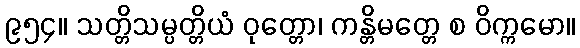
၉၅၄။ သတ္တိသမ္ပတ္တိယံ ဝုတ္တော၊ ကန္တိမတ္တေ စ ဝိက္ကမော။